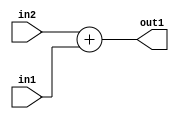
`timescale 1ps / 1ps
/*****************************************************************************
    Verilog RTL Description
    
    
    Created by: Stratus DpOpt 2019.1.01 
*******************************************************************************/

module st_weight_addr_gen_Add_8Ux8U_9U_4_11 (
	in2,
	in1,
	out1
	); /* architecture "behavioural" */ 
input [7:0] in2,
	in1;
output [8:0] out1;
wire [8:0] asc001;

assign asc001 = 
	+(in2)
	+(in1);

assign out1 = asc001;
endmodule

/* CADENCE  ubDzTg0= : u9/ySgnWtBlWxVPRXgAZ4Og= ** DO NOT EDIT THIS LINE ******/